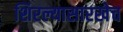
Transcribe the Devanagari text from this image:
शिरल्यासारखेच